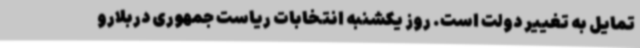
تمایل به تغییر دولت است. روز یکشنبه انتخابات ریاست جمهوری دربلارو